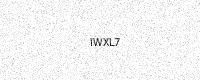
Text: IWXL7